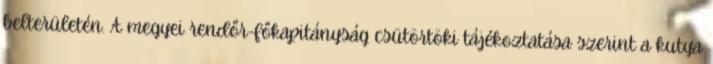
belterületén. A megyei rendőr-főkapitányság csütörtöki tájékoztatása szerint a kutya